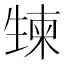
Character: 𰢯